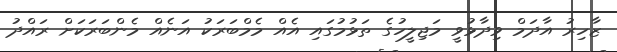
ޒާހިރު އާދަމް ވިދާޅުވީ މަޖިލީހުގެ ތަޅުމުގައި އެއް މެމްބަރަކު އަނެއް މެންބަރަކަށް ރައްދު